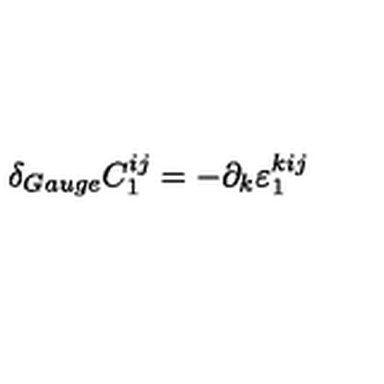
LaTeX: \delta _ { G a u g e } C _ { 1 } ^ { i j } = - \partial _ { k } \varepsilon _ { 1 } ^ { k i j }